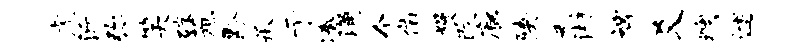
虎沂弥笑破蔗黔承亍凑涌个俯熳改廊陕无湘裨爻燠述